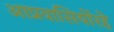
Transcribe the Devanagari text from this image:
आप्रवासियोंरहे